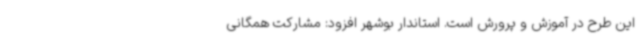
این طرح در آموزش و پرورش است. استاندار بوشهر افزود: مشارکت همگانی